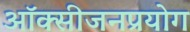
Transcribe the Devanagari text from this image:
ऑक्सीजनप्रयोग